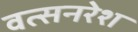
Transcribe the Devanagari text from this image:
वत्सनरेश